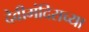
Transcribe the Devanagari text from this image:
देवीमंदिराच्या